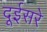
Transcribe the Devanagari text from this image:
दूईसरे